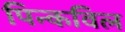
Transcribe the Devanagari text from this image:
पिन्कविल